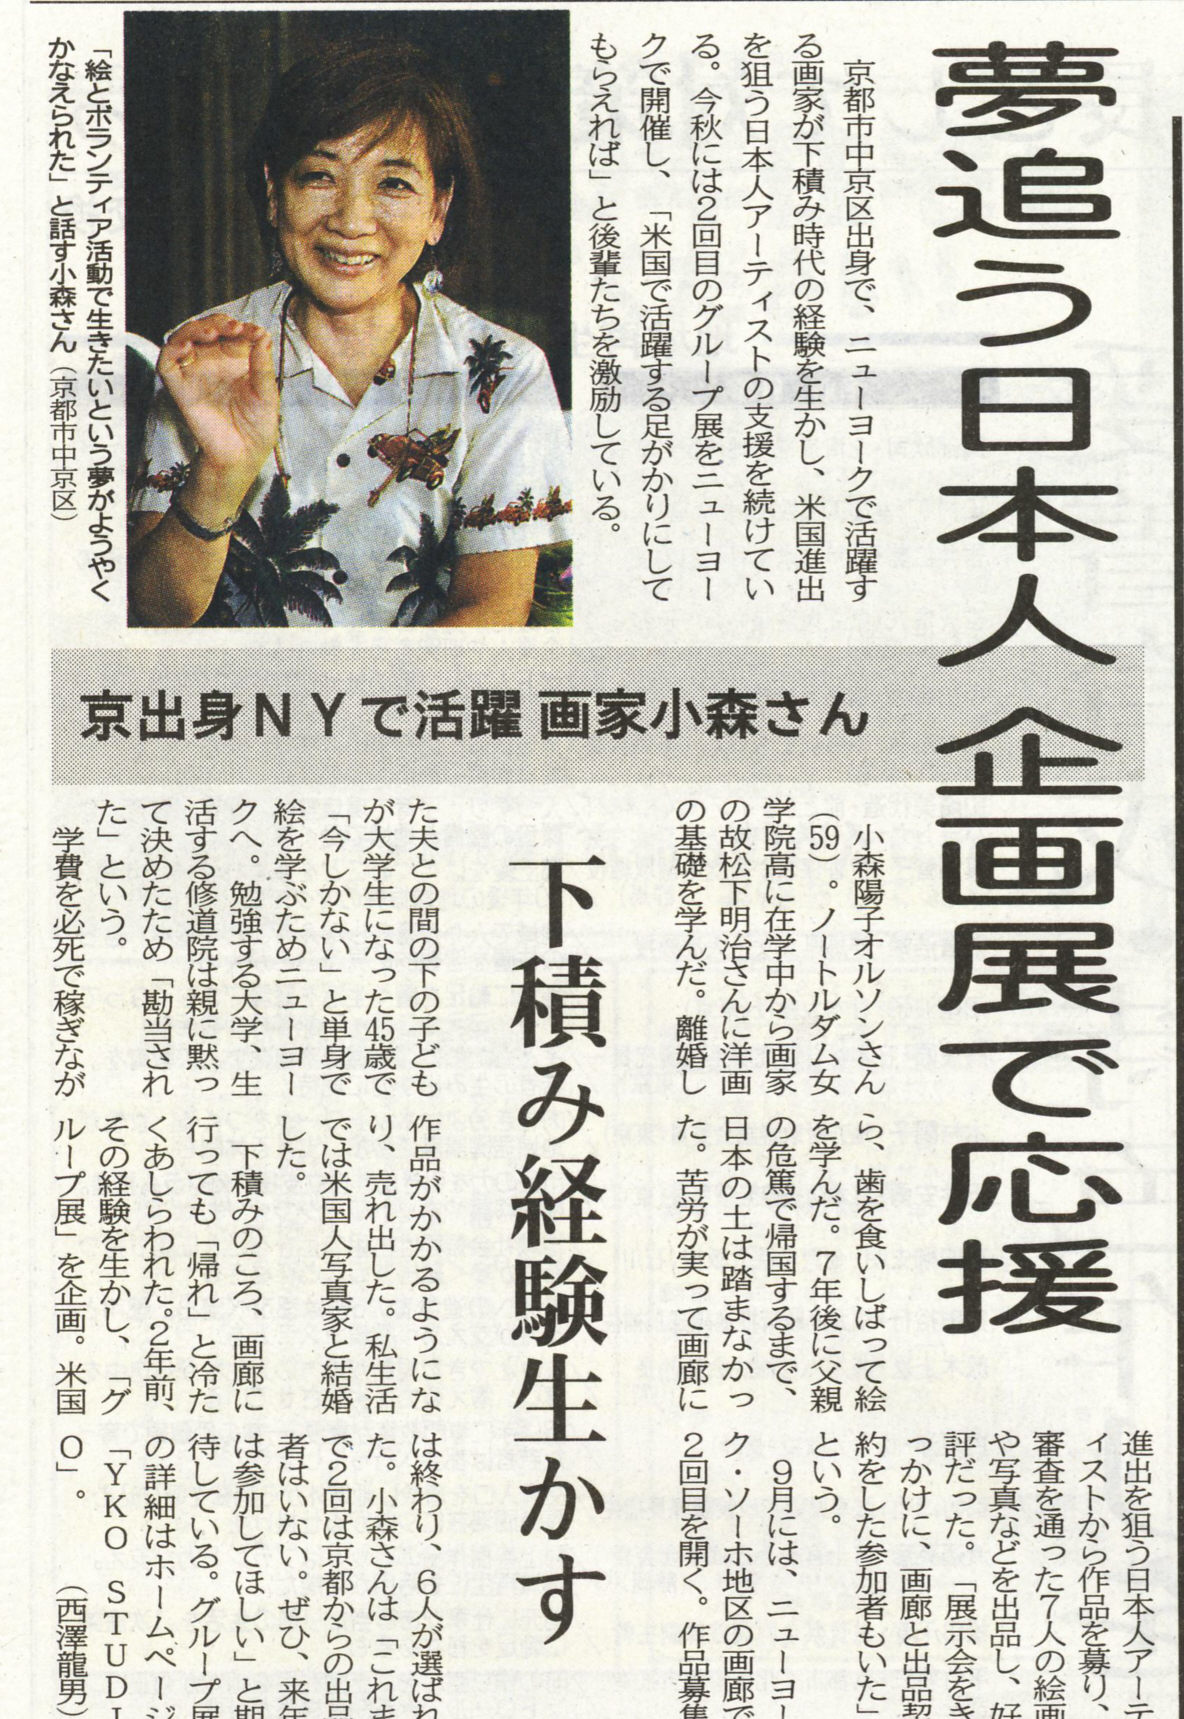
Language: ja